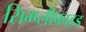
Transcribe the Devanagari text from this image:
सिम्प्लीफाइड